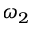
\omega _ { 2 }